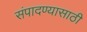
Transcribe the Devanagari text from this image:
संपादण्यासाठी